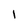
Character: 1